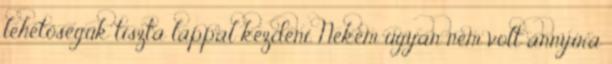
lehetőségük tiszta lappal kezdeni. Nekem ugyan nem volt annyira